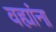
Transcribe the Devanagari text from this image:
वह्यांना